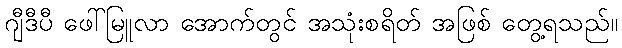
ဂျီဒီပီ ဖေါ်မြူလာ အောက်တွင် အသုံးစရိတ် အဖြစ် တွေ့ရသည်။